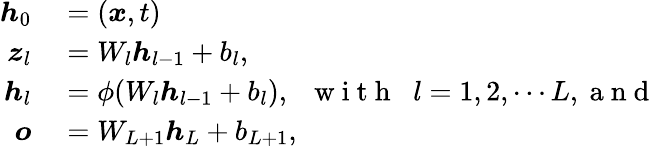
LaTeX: \begin{array}{rl}{\boldsymbol{h}_{0}}&{{}=(\boldsymbol{x},t)}\\ {\boldsymbol{z}_{l}}&{{}=W_{l}\boldsymbol{h}_{l-1}+b_{l},}\\ {\boldsymbol{h}_{l}}&{{}=\phi(W_{l}\boldsymbol{h}_{l-1}+b_{l}),\; \; \mathrm{~w~i~t~h~}\; \; l=1,2,\cdots L,\mathrm{~a~n~d~}}\\ {\boldsymbol{o}}&{{}=W_{L+1}\boldsymbol{h}_{L}+b_{L+1},}\end{array}